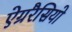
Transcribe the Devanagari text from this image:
ऐग्ररैसियो